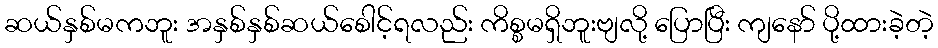
ဆယ်နှစ်မကဘူး အနှစ်နှစ်ဆယ်စေါင့်ရလည်း ကိစ္စမရှိဘူးဗျလို့ ပြောပြီး ကျနော် ပို့ထားခဲ့တဲ့